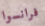
فرانسوا